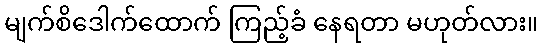
မျက်စိဒေါက်ထောက် ကြည့်ခံ နေရတာ မဟုတ်လား။